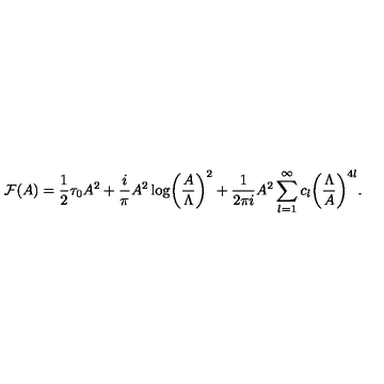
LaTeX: { \cal F } ( A ) = { \frac { 1 } { 2 } } \tau _ { 0 } A ^ { 2 } + { \frac { i } { \pi } } A ^ { 2 } \log \biggl ( { \frac { A } { \Lambda } } \biggr ) ^ { 2 } + { \frac { 1 } { 2 \pi i } } A ^ { 2 } \sum _ { l = 1 } ^ { \infty } c _ { l } \biggl ( { \frac { \Lambda } { A } } \biggr ) ^ { 4 l } .